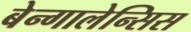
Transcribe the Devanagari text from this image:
बेन्गालेन्सिस